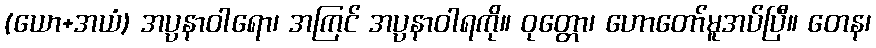
(ယော+အယံ) အပ္ပနာဝါရော၊ အကြင် အပ္ပနာဝါရကို။ ဝုတ္တော၊ ဟောတော်မူအပ်ပြီ။ တေန၊